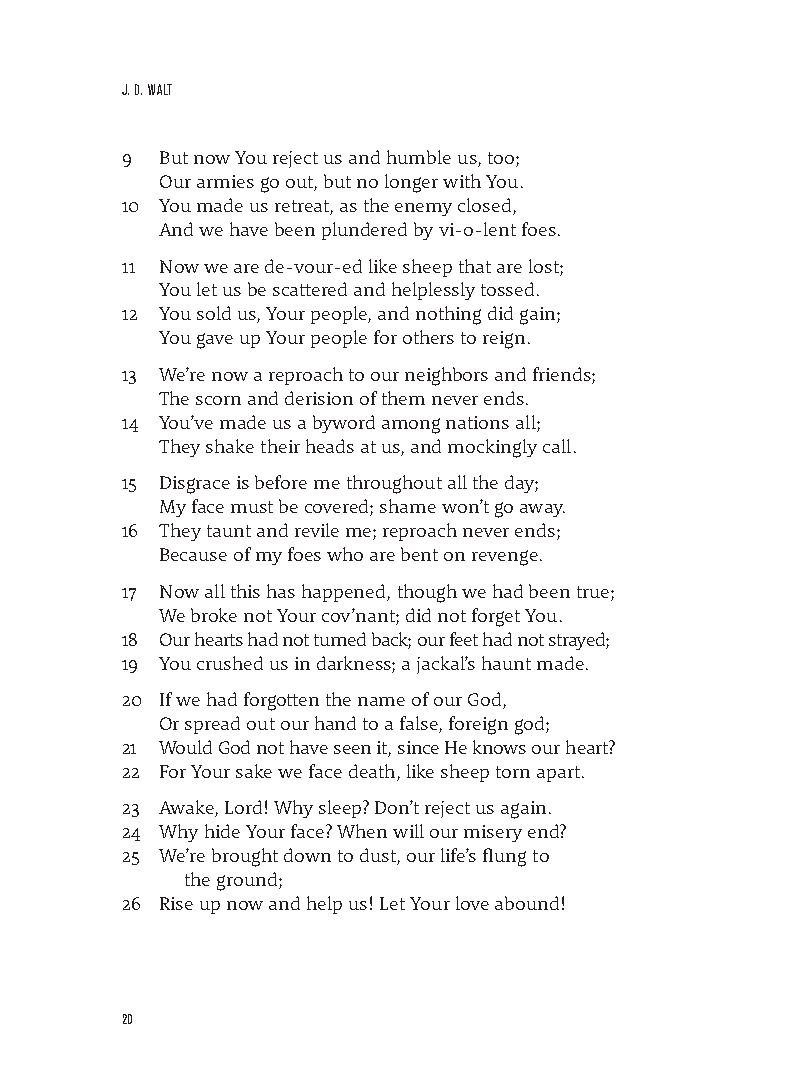
J. D. WALT
 9  But now You reject us and humble us, too;
 Our armies go out, but no longer with You.
 10 You made us retreat, as the enemy closed,
 And we have been plundered by vi-o-lent foes.
 11 Now we are de-vour-ed like sheep that are lost;
 You let us be scattered and helplessly tossed.
 12 You sold us, Your people, and nothing did gain;
 You gave up Your people for others to reign.
 13 We’re now a reproach to our neighbors and friends;
 The scorn and derision of them never ends.
 14 You’ve made us a byword among nations all;
 They shake their heads at us, and mockingly call.
 15 Disgrace is before me throughout all the day;
 My face must be covered; shame won’t go away.
 16 They taunt and revile me; reproach never ends;
 Because of my foes who are bent on revenge.
 17 Now all this has happened, though we had been true;
 We broke not Your cov’nant; did not forget You.
 18 Our hearts had not turned back; our feet had not strayed;
 19 You crushed us in darkness; a jackal’s haunt made.
 20 If we had forgotten the name of our God,
 Or spread out our hand to a false, foreign god;
 21 W ould God not have seen it, since He knows our heart?
 22 For Your sake we face death, like sheep torn apart.
 23 Awake, Lord! Why sleep? Don’t reject us again.
 24 Why hide Your face? When will our misery end?
 25 We’re brought down to dust, our life’s flung to
 the ground;
 26 Rise up now and help us! Let Your love abound!
 20